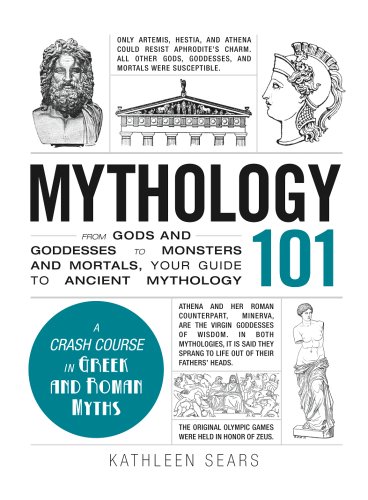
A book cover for Mythology 101: From Gods and Goddesses to Monsters and Mortals, Your Guide to Ancient Mythology (Adams 101); Kathleen Sears; Humor & Entertainment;